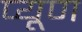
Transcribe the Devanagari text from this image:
प्यूण